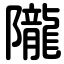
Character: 隴